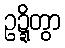
ဥဍ္ဍိတွာ